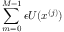
\sum _ { m = 0 } ^ { M - 1 } \epsilon U ( x ^ { ( j ) } )